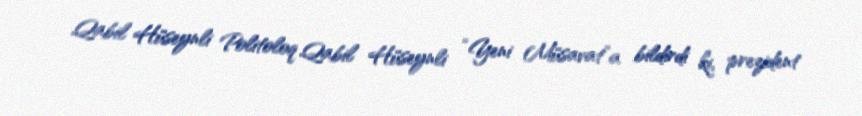
Qabil Hüseynli Politoloq Qabil Hüseynli “Yeni Müsavat”a bildirdi ki, prezident